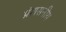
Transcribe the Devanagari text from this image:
प्रंशसनीय